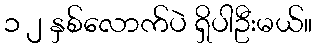
၁ ၂ နှစ်လောက်ပဲ ရှိပါဦးမယ်။